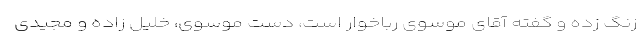
زنگ زده و گفته آقای موسوی رباخوار است، دست موسوی، خلیل زاده و مجیدی